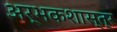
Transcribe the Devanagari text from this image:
अर्भकशास्त्र